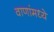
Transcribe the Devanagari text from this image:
वाणांमध्ये